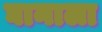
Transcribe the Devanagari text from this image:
घानाला